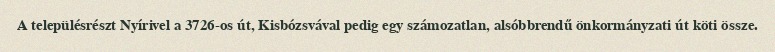
A településrészt Nyírivel a 3726-os út, Kisbózsvával pedig egy számozatlan, alsóbbrendű önkormányzati út köti össze.